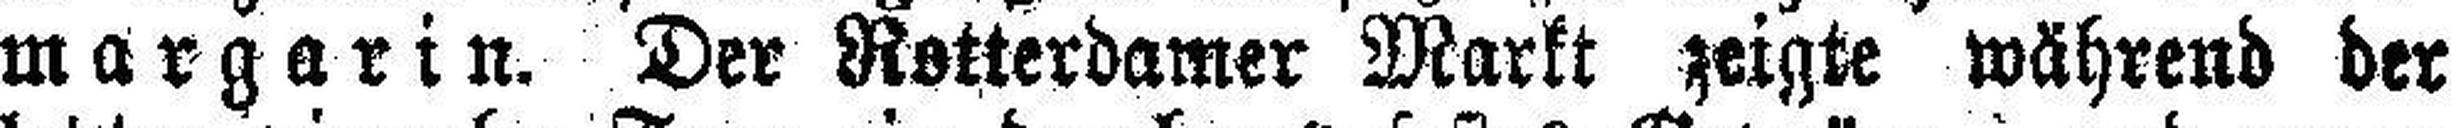
margarin. Der Rotterdamer Markt zeigte während der